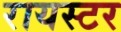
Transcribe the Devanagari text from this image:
रायस्टर